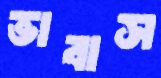
ভাবাস